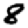
Digit: 8